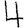
Digit: 4